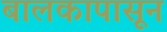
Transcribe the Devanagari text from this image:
बालकापासून